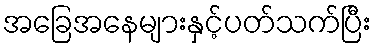
အခြေအနေများနှင့်ပတ်သက်ပြီး